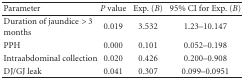
<table><thead><tr><td><b>Parameter</b></td><td><b><i>P</i> value</b></td><td><b>Exp. (<i>B</i>)</b></td><td><b>95% CI for Exp. (<i>B</i>)</b></td></tr></thead><tbody><tr><td>Duration of jaundice &gt; 3 months</td><td>0.019</td><td>3.532</td><td>1.23–10.147</td></tr><tr><td>PPH</td><td>0.000</td><td>0.101</td><td>0.052–0.198</td></tr><tr><td>Intraabdominal collection</td><td>0.020</td><td>0.426</td><td>0.200–0.908</td></tr><tr><td>DJ/GJ leak</td><td>0.041</td><td>0.307</td><td>0.099–0.0951</td></tr></tbody></table>